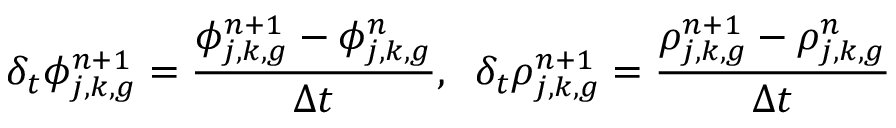
\delta _ { t } \phi _ { j , k , g } ^ { n + 1 } = \frac { \phi _ { j , k , g } ^ { n + 1 } - \phi _ { j , k , g } ^ { n } } { \Delta t } , \; \; \delta _ { t } \rho _ { j , k , g } ^ { n + 1 } = \frac { \rho _ { j , k , g } ^ { n + 1 } - \rho _ { j , k , g } ^ { n } } { \Delta t }